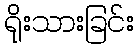
ရိုးသားခြင်း